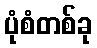
ပုံစံတစ်ခု